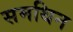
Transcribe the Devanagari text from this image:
समथिन